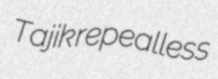
Tajik repealless